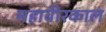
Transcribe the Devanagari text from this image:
महावीरकाल